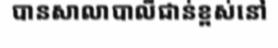
បានសាលាបាលីជាន់ខ្ពស់នៅ